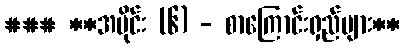
### **အပိုင်း (၆) - စာကြောင်းရှည်များ**